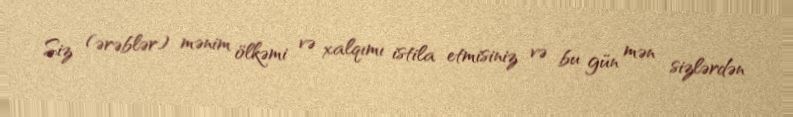
Siz (ərəblər) mənim ölkəmi və xalqımı istila etmisiniz və bu gün mən sizlərdən